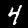
Label: 4